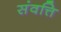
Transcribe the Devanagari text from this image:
संवत्ति